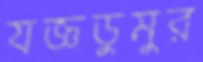
যজ্ঞডুমুর